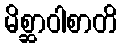
မိစ္ဆာဝါစာတိ